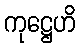
ကုဋ္ဌေဟိ